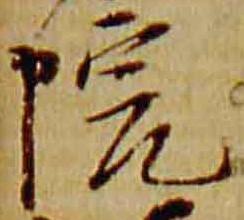
院